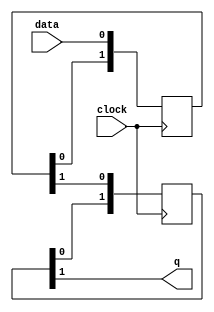
module edge_triggered_latch(
    input data,
    input clock,
    output reg q
);

reg [1:0] d;
reg [1:0] q_temp;

// D flip-flops
always @ (posedge clock)
begin
    d <= {d[0], data};
    q_temp <= {q_temp[0], d[1]};
end

// Multiplexer
always @ (*)
begin
    q = q_temp[1];
end

endmodule